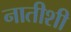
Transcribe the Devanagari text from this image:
नातीशी